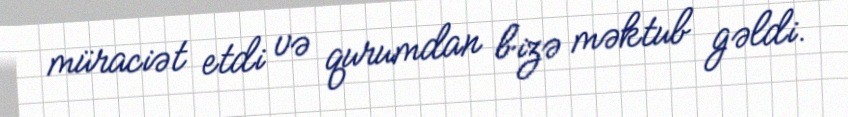
müraciət etdi və qurumdan bizə məktub gəldi.